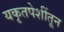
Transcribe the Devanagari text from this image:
यकृतपेशींतून